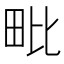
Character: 毗